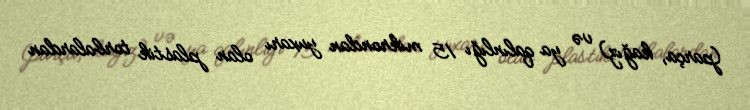
(parça, kağız) və ya qalınlığı 15 mikrondan yuxarı olan plastik torbalardan